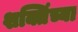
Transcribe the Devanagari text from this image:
शक्तिंच्या